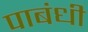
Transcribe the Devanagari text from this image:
पाबंधी